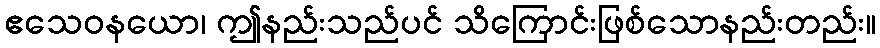
ဧသေဝနယော၊ ဤနည်းသည်ပင် သိကြောင်းဖြစ်သောနည်းတည်း။